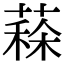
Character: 𦸸